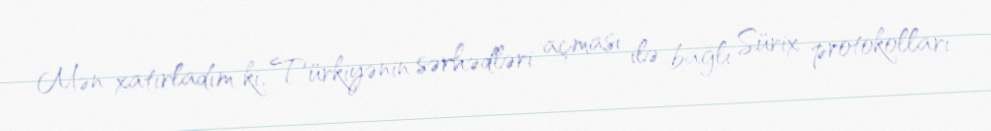
Mən xatırladım ki, Türkiyənin sərhədləri açması ilə bağlı Sürix protokolları